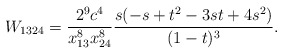
\begin{align*}W_{1324} = \frac{2^9 c^4}{x_{13}^8 x_{24}^8} \frac{s(-s+t^2-3st+4s^2)}{(1-t)^3}.\end{align*}